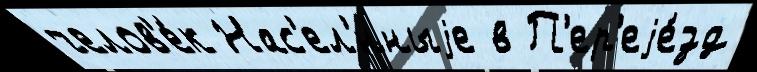
челов'е́к Нас'ел'́нныjе в П'ер'еjе́зд